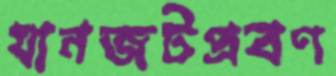
যানজটপ্রবণ